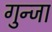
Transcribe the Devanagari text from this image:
गुन्जा